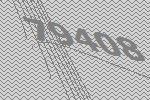
79408